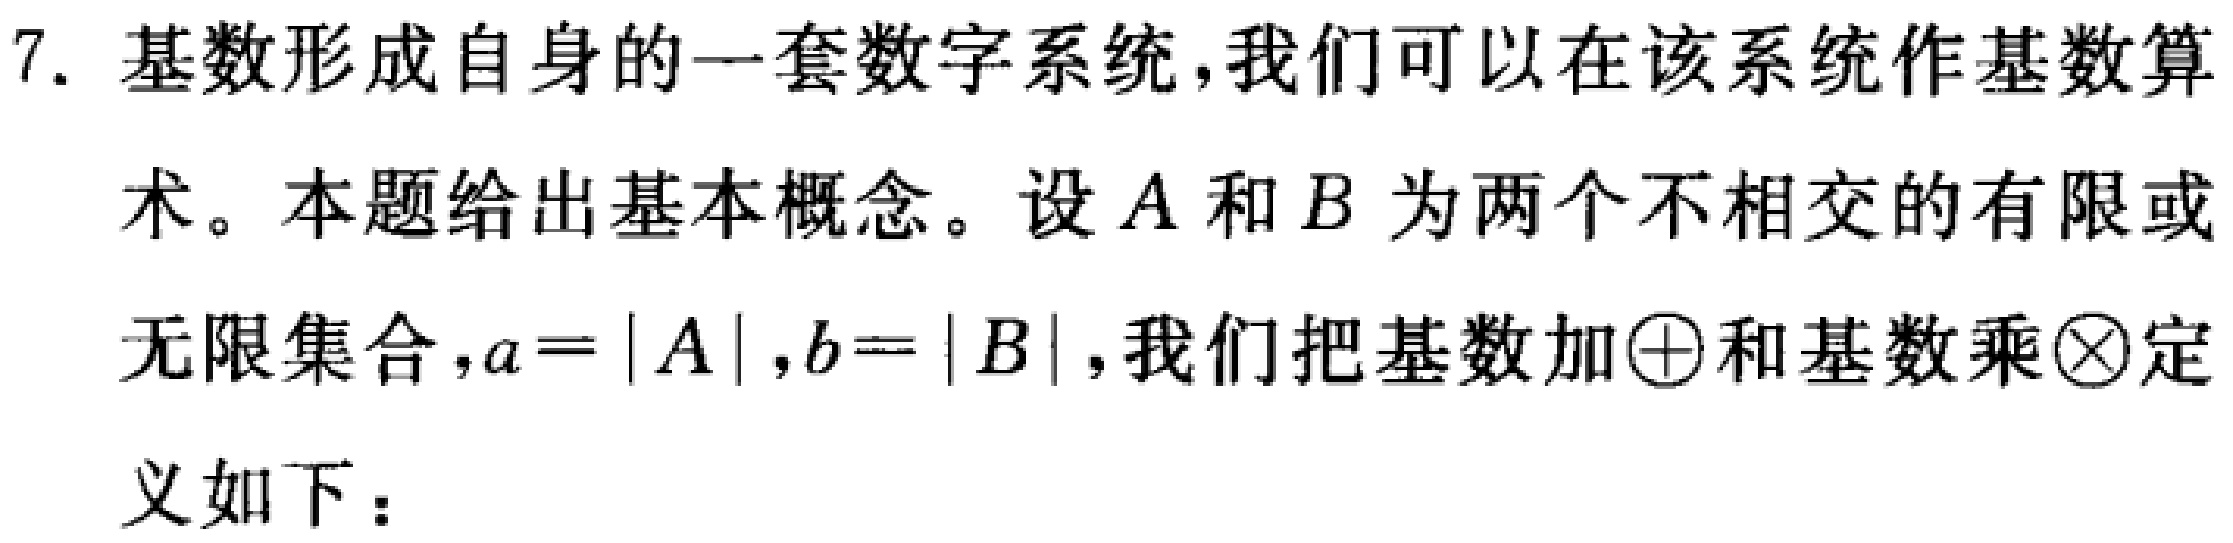
7. 基数形成自身的一套数字系统，我们可以在该系统作基数算术。本题给出基本概念。设\(A\)和\(B\)为两个不相交的有限或无限集合，\(a = |A|\)，\(b = |B|\)，我们把基数加\(\oplus\)和基数乘\(\otimes\)定义如下：